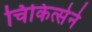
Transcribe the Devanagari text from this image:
चिकित्सेने